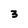
Character: 3